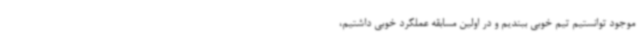
موجود توانستیم تیم خوبی ببندیم و در اولین مسابقه عملکرد خوبی داشتیم،